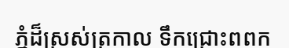
ភ្នំដ៏ស្រស់ត្រកាល ទឹកជ្រោះពពក